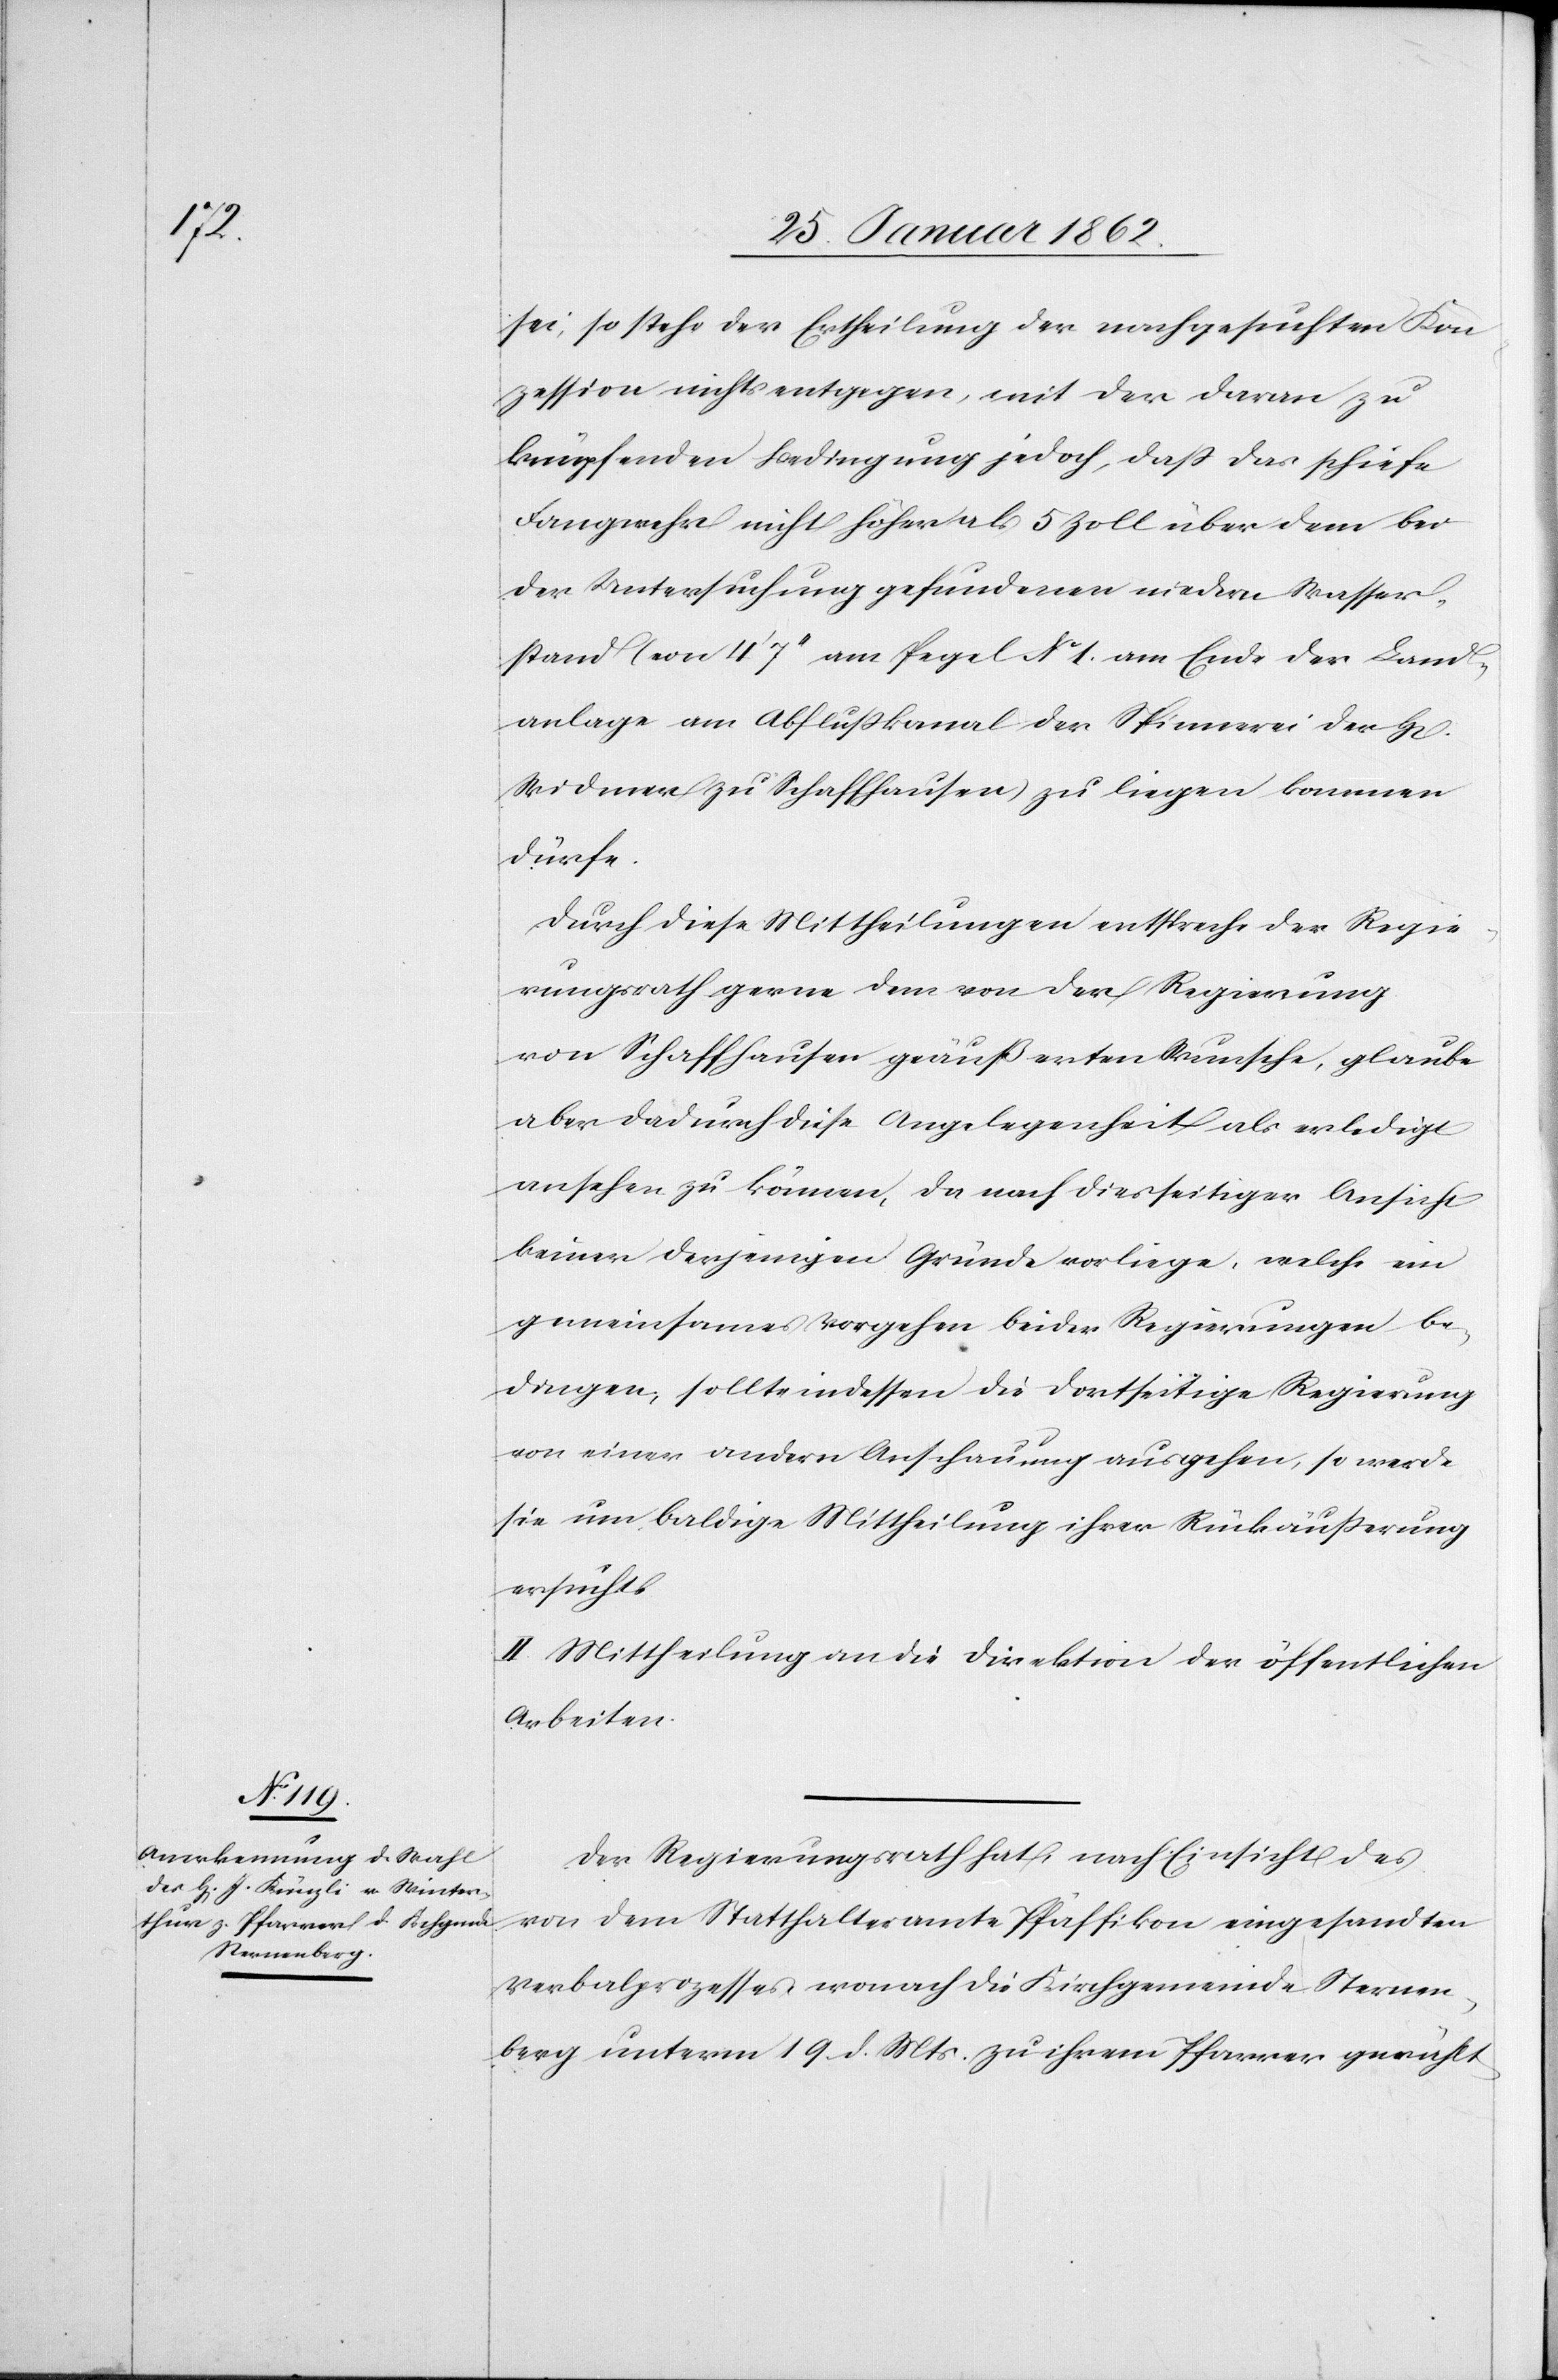
rren]

sei, so stehe der Ertheilung der nachgesuchten Kon¬
zession nichts entgegen, mit der daran zu
knüpfenden Bedingung jedoch, daß das schiefe
Fangwehr nicht höher als 5 Zoll über dem bei
der Untersuchung gefundenen niedern Wasser¬
stand (von 4’ 7“ am Pegel No 1. am Ende der Land¬
anlage am Abflußkanal der Spinnerei der H[e¬
Widmer zu Schaffhausen) zu liegen kommen
dürfe.
Durch diese Mittheilungen entspreche der Regie¬
rungsrath gerne dem von der Regierung
von Schaffhausen geäußerten Wunsche, glaube
aber dadurch diese Angelegenheit als erledigt
ansehen zu können, da nach diesseitiger Ansicht
keiner derjenigen Gründe vorliege, welche ein
gemeinsames Vorgehen beider Regierungen be¬
dingen, sollte indessen die dortseitige Regierung
von einer andern Anschauung ausgehen, so werde
sie um baldige Mittheilung ihrer Rückäußerung
ersucht.
II. Mittheilung an die Direktion der öffentlichen
Arbeiten.
Der Regierungsrath hat nach Einsicht des
von dem Statthalteramte Pfäffikon eingesandten
Verbalprozesses, wonach die Kirchgemeinde Sternen¬
berg unterm 19. d. Mts. zu ihrem Pfarrer gewählt